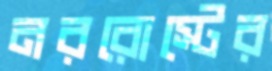
নররোস্টের